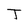
Character: T